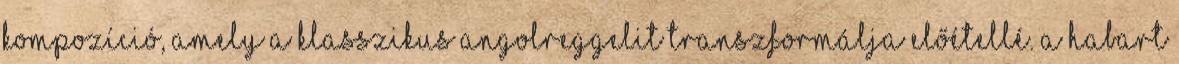
kompozíció, amely a klasszikus angolreggelit transzformálja előétellé. A habart